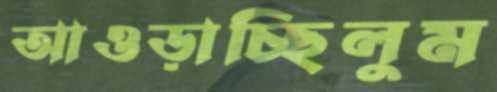
আওড়াচ্ছিলুম